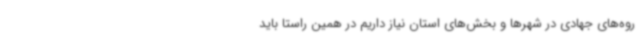
روه‌های جهادی در شهرها و بخش‌های استان نیاز داریم در همین راستا باید